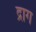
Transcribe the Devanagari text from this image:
द्राग